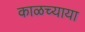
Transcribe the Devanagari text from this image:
काळच्याया